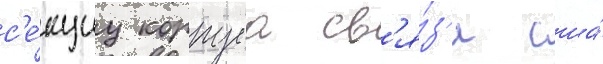
с'е́кциу корпуса св'я́з'и сша́